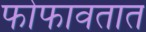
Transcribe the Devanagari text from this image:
फोफावतात